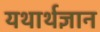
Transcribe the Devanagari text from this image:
यथार्थज्ञान